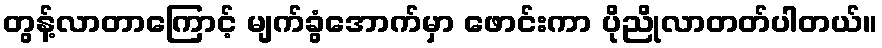
တွန့်လာတာကြောင့် မျက်ခွံအောက်မှာ ဖောင်းကာ ပိုညိုလာတတ်ပါတယ်။